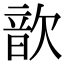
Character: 歆